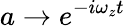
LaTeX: a\rightarrow e^{-i\omega_{z}t}